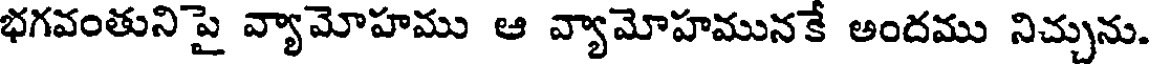
భగవంతుని పై వ్యామోహము ఆ వ్యామోహమునకే అందము నిచ్చును.